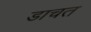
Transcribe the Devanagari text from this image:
डाचत